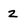
Character: z